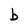
Character: b